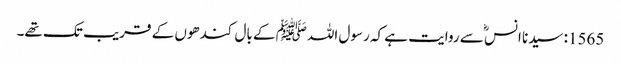
1565: سیدنا انسؓ سے روایت ہے کہ رسول اللہﷺ کے بال کندھوں کے قریب تک تھے۔